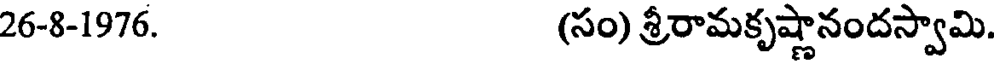
26-8-1976. (సం) శ్రీరామకృష్ణానందస్వామి.